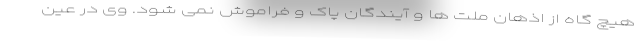
هیچ گاه از اذهان ملت ها و آیندگان پاک و فراموش نمی شود. وی در عین